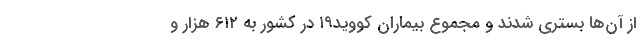
از آن‌ها بستری شدند و مجموع بیماران کووید۱۹ در کشور به ۶۱۲ هزار و